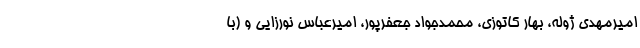
امیرمهدی ژوله، بهار کاتوزی، محمدجواد جعفرپور، امیرعباس نورزایی و (با